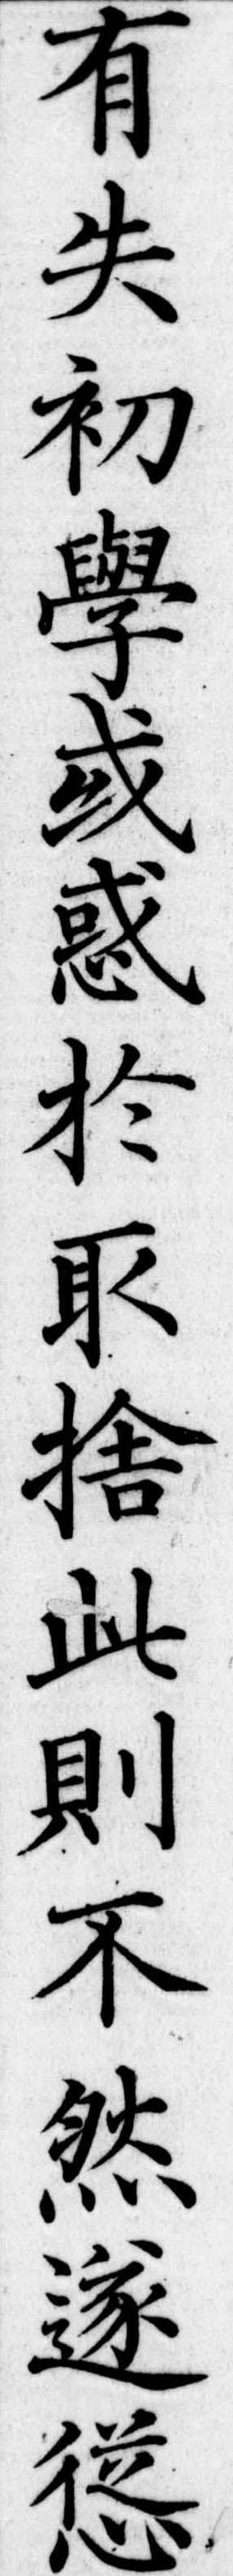
有失初学或惑於捨此則不然遂慫